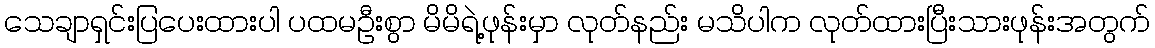
သေချာရှင်းပြပေးထားပါ ပထမဦးစွာ မိမိရဲ့ဖုန်းမှာ လုတ်နည်း မသိပါက လုတ်ထားပြီးသားဖုန်းအတွက်